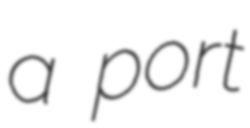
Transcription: a port